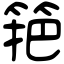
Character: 筢